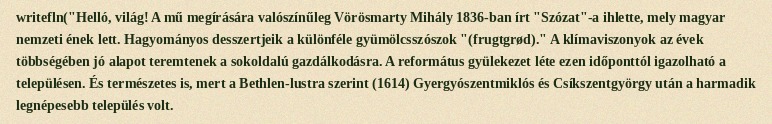
writefln("Helló, világ! A mű megírására valószínűleg Vörösmarty Mihály 1836-ban írt "Szózat"-a ihlette, mely magyar nemzeti ének lett. Hagyományos desszertjeik a különféle gyümölcsszószok "(frugtgrød)." A klímaviszonyok az évek többségében jó alapot teremtenek a sokoldalú gazdálkodásra. A református gyülekezet léte ezen időponttól igazolható a településen. És természetes is, mert a Bethlen-lustra szerint (1614) Gyergyószentmiklós és Csíkszentgyörgy után a harmadik legnépesebb település volt.